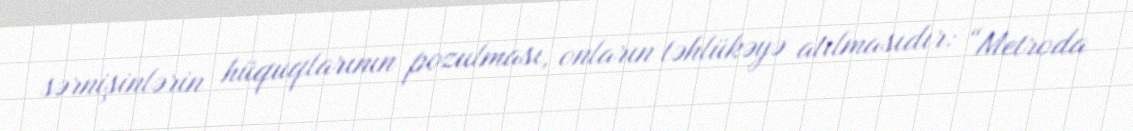
sərnişinlərin hüquqlarının pozulması, onların təhlükəyə atılmasıdır: “Metroda